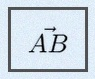
\vec{AB}